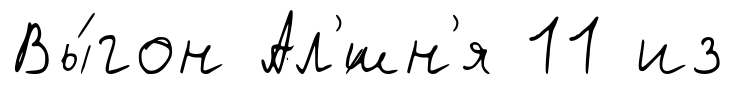
Вы́гон Ал'́шн'я 11 из